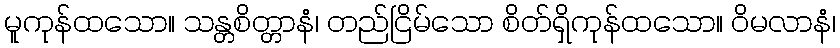
မူကုန်ထသော။ သန္တစိတ္တာနံ၊ တည်ငြိမ်သော စိတ်ရှိကုန်ထသော။ ဝိမလာနံ၊